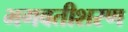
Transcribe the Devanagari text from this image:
भगवतीशरण